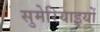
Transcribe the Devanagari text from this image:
सुमेरियाइयों